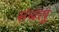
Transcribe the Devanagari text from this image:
संबलू